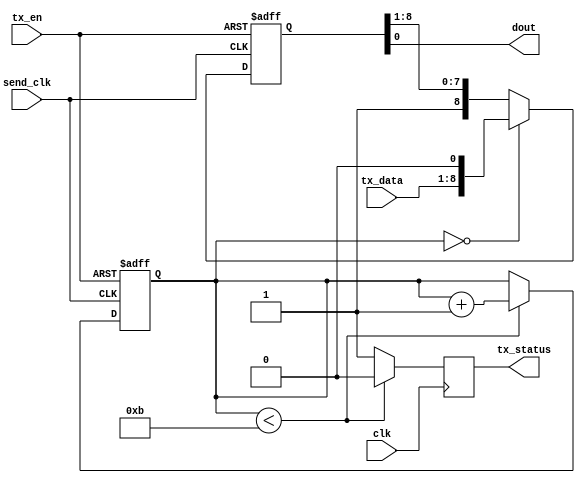
`timescale 10ns/1ns

module sender(dout, tx_status, tx_data, tx_en, clk, send_clk);

output dout;
output reg tx_status;
input [7:0] tx_data;
input tx_en, clk, send_clk;

// 1 padding, 1 start-bit, 8 data-bits, 1 end-bit.
localparam COUNTER_MAX = 4'd11;

reg [8:0] shift_reg;
assign dout = shift_reg[0];

reg [3:0] counter = 0;
wire rst_n = ~tx_en;

always @(posedge send_clk or negedge rst_n) begin
    if(~rst_n) begin
        counter <= 0;
        shift_reg <= ~9'b0;
    end else begin
        if (counter == 4'b0)
            shift_reg <= {tx_data, 1'b0};  // Load data.
        else
            shift_reg <= {1'b1, shift_reg[8:1]};  // Shift.

        if (counter < COUNTER_MAX)
            counter <= counter + 4'b1;
        else
            counter <= counter;
    end
end

always @(posedge clk) begin
    tx_status <= (counter < COUNTER_MAX ? 1'b0 : 1'b1);
end

endmodule